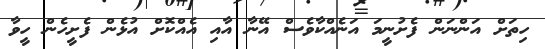
ހިތަށް އަންނަން ފެށުނީމަ އަނެއްކާވެސް އޭނާ އާއި އެއްކޮށް އުޅެން ފެށީހެން ހީވާ